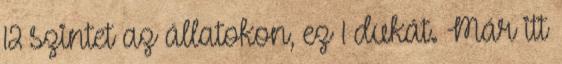
12 szintet az állatokon, ez 1 dukát. Már itt